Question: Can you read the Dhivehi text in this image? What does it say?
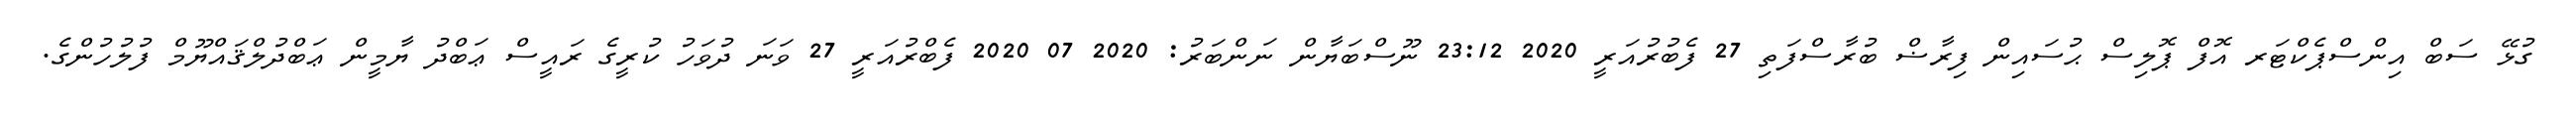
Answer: ގުޅޭ ސަބް އިންސްޕެކްޓަރ އޮފް ޕޮލިސް ޙުސައިން ފިރާޟް ބުރާސްފަތި 27 ފެބުރުއަރީ 2020 23:12 ނޫސްބަޔާން ނަންބަރު: 2020 07 2020 ފެބްރުއަރީ 27 ވަނަ ދުވަހު ކުރީގެ ރައީސް ޢަބްދު ޔާމީން ޢަބްދުލްޤައްޔޫމް ފުލުހުންގެ.